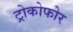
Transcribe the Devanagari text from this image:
ट्रोकोफोर